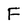
Character: F